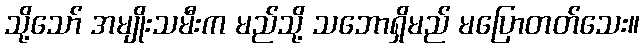
သို့သော် အမျိုးသမီးက မည်သို့ သဘောရှိမည် မပြောတတ်သေး။